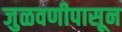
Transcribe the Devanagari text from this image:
जुळवणीपासून